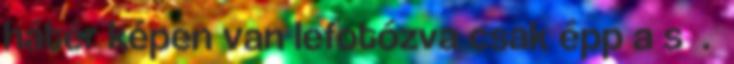
hátér képen van lefotózva csak épp a s .